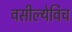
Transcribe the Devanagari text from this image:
वसील्येविच